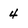
Character: 4